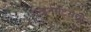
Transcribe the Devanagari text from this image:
गव्हर्नमेंट्सची